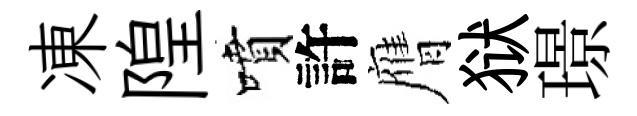
凍隍噴許膺狱璟